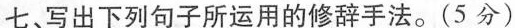
七、写出下列句子所运用的修辞手法。(5分)